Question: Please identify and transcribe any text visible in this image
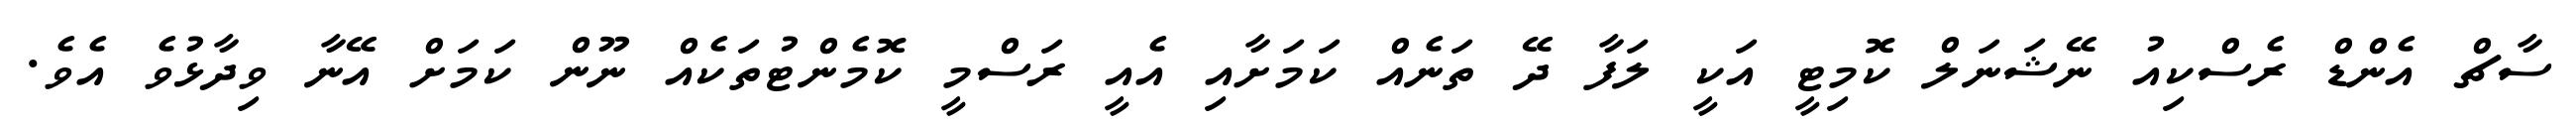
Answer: ސާޗް އެންޑް ރެސްކިއު ނޭޝަނަލް ކޮމިޓީ އަކީ ލަފާ ދޭ ތަނެއް ކަމަށާއި އެއީ ރަސްމީ ކޮމެންޓުތަކެއް ނޫން ކަމަށް އޭނާ ވިދާޅުވެ އެވެ.